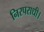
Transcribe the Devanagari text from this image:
निरपराधी।